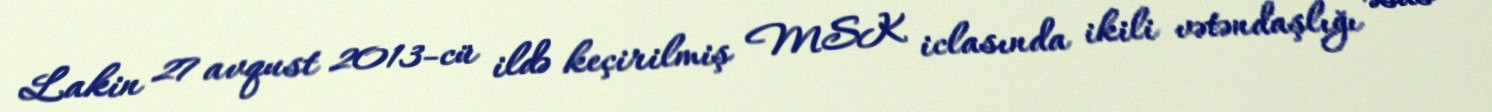
Lakin 27 avqust 2013-cü ildə keçirilmiş MSK iclasında ikili vətəndaşlığı əsas